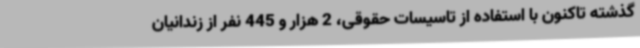
گذشته تاکنون با استفاده از تاسیسات حقوقی، 2 هزار و 445 نفر از زندانیان